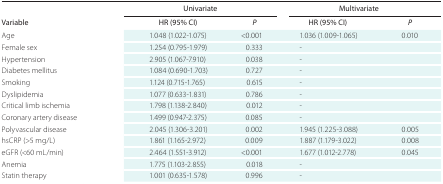
<table><thead><tr><td></td><td colspan="2"><b>Univariate</b></td><td colspan="2"><b>Multivariate</b></td></tr><tr><td><b>Variable</b></td><td><b>HR (95% CI)</b></td><td><b><i>P</i></b></td><td><b>HR (95% CI)</b></td><td><b><i>P</i></b></td></tr></thead><tbody><tr><td>Age</td><td>1.048 (1.022-1.075)</td><td>&lt;0.001</td><td>1.036 (1.009-1.065)</td><td>0.010</td></tr><tr><td>Female sex</td><td>1.254 (0.795-1.979)</td><td>0.333</td><td>-</td><td></td></tr><tr><td>Hypertension</td><td>2.905 (1.067-7.910)</td><td>0.038</td><td>-</td><td></td></tr><tr><td>Diabetes mellitus</td><td>1.084 (0.690-1.703)</td><td>0.727</td><td>-</td><td></td></tr><tr><td>Smoking</td><td>1.124 (0.715-1.765)</td><td>0.615</td><td>-</td><td></td></tr><tr><td>Dyslipidemia</td><td>1.077 (0.633-1.831)</td><td>0.786</td><td>-</td><td></td></tr><tr><td>Critical limb ischemia</td><td>1.798 (1.138-2.840)</td><td>0.012</td><td>-</td><td></td></tr><tr><td>Coronary artery disease</td><td>1.499 (0.947-2.375)</td><td>0.085</td><td>-</td><td></td></tr><tr><td>Polyvascular disease</td><td>2.045 (1.306-3.201)</td><td>0.002</td><td>1.945 (1.225-3.088)</td><td>0.005</td></tr><tr><td>hsCRP (&gt;5 mg/L)</td><td>1.861 (1.165-2.972)</td><td>0.009</td><td>1.887 (1.179-3.022)</td><td>0.008</td></tr><tr><td>eGFR (&lt;60 mL/min)</td><td>2.464 (1.551-3.912)</td><td>&lt;0.001</td><td>1.677 (1.012-2.778)</td><td>0.045</td></tr><tr><td>Anemia</td><td>1.775 (1.103-2.855)</td><td>0.018</td><td>-</td><td></td></tr><tr><td>Statin therapy</td><td>1.001 (0.635-1.578)</td><td>0.996</td><td>-</td><td></td></tr></tbody></table>